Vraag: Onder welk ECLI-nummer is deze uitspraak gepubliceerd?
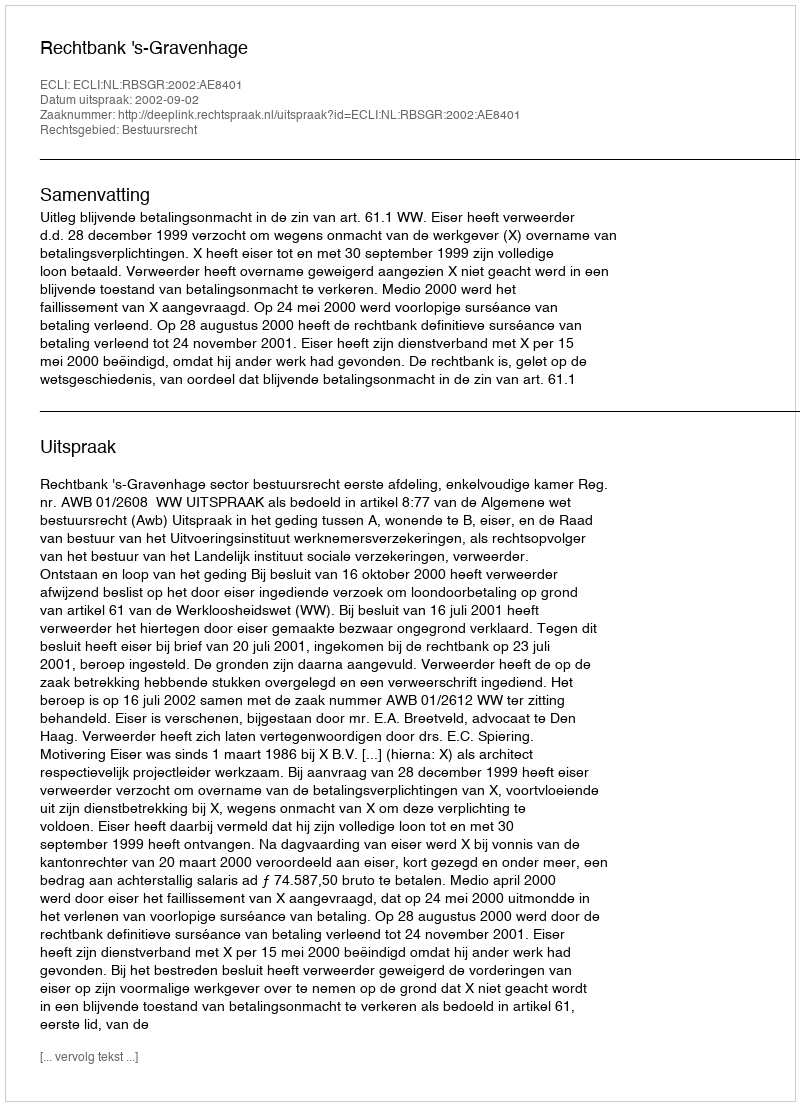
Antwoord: ECLI:NL:RBSGR:2002:AE8401